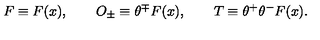
F \equiv F ( x ) , \qquad O _ { \pm } \equiv \theta ^ { \mp } F ( x ) , \qquad T \equiv \theta ^ { + } \theta ^ { - } F ( x ) .